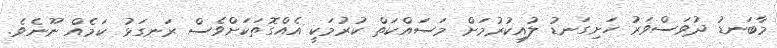
މާބަނޑު ދުވަސްވަރު ހަށިގަނޑު ލުއިކުރުމަށް މަސައްކަތް ކުރުމަކީ އެއްގޮތަކަށްވެސް ރަނގަޅު ކަމެއް ނޫނެވެ.